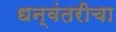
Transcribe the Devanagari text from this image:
धन्वंतरीचा